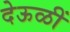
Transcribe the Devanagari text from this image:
देऊळीं